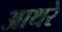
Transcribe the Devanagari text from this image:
आथरे